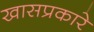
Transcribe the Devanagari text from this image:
खासप्रकारे